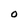
Character: O